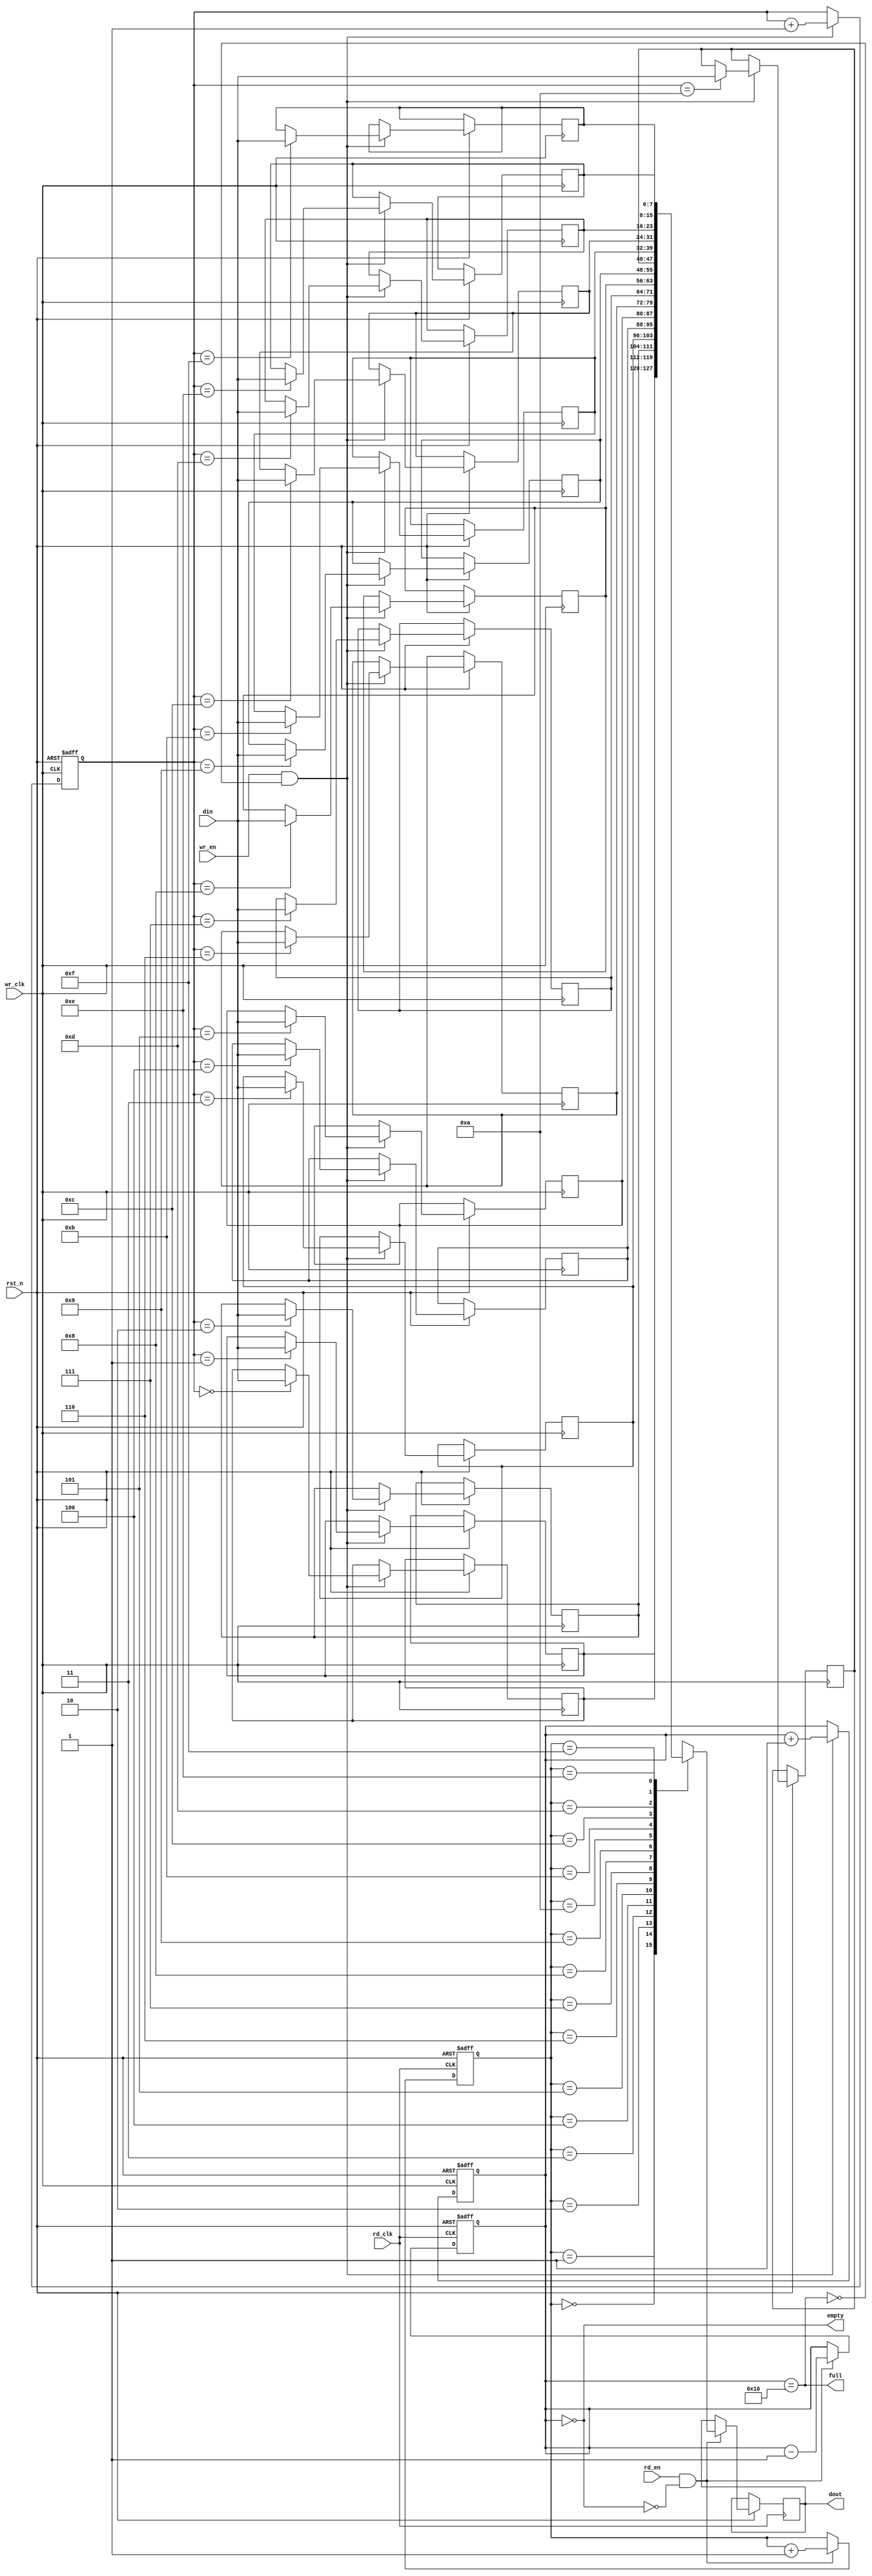
module dual_clock_fifo #(
    parameter DATA_WIDTH = 8,  // Width of the data
    parameter DEPTH = 16        // Depth of the FIFO
)(
    input wire wr_clk,          // Write clock
    input wire rd_clk,          // Read clock
    input wire rst_n,           // Asynchronous reset (active low)
    input wire wr_en,           // Write enable
    input wire rd_en,           // Read enable
    input wire [DATA_WIDTH-1:0] din, // Data input
    output reg [DATA_WIDTH-1:0] dout, // Data output
    output reg full,            // FIFO Full Flag
    output reg empty            // FIFO Empty Flag
);

    reg [DATA_WIDTH-1:0] memory [0:DEPTH-1]; // Memory array
    reg [clog2(DEPTH)-1:0] w_ptr; // Write pointer
    reg [clog2(DEPTH)-1:0] r_ptr; // Read pointer
    reg [clog2(DEPTH):0] fifo_count; // FIFO count for tracking

    // Function to calculate log2
    function integer clog2(input integer depth);
        begin
            depth = depth - 1;
            for (clog2 = 0; depth > 0; clog2 = clog2 + 1)
                depth = depth >> 1;
        end
    endfunction

    // Write operation
    always @(posedge wr_clk or negedge rst_n) begin
        if (!rst_n) begin
            w_ptr <= 0;
            fifo_count <= 0;
        end else if (wr_en && !full) begin
            memory[w_ptr] <= din; // Write data to FIFO
            w_ptr <= w_ptr + 1;   // Increment write pointer
            fifo_count <= fifo_count + 1; // Increment count
        end
    end

    // Read operation
    always @(posedge rd_clk or negedge rst_n) begin
        if (!rst_n) begin
            r_ptr <= 0;
            fifo_count <= 0;
        end else if (rd_en && !empty) begin
            dout <= memory[r_ptr]; // Read data from FIFO
            r_ptr <= r_ptr + 1;    // Increment read pointer
            fifo_count <= fifo_count - 1; // Decrement count
        end
    end

    // FIFO full and empty flag logic
    always @(*) begin
        full = (fifo_count == DEPTH);
        empty = (fifo_count == 0);
    end

endmodule